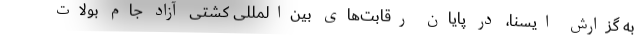
به گزارش ایسنا، در پایان رقابت‌های بین‌المللی کشتی آزاد جام بولات